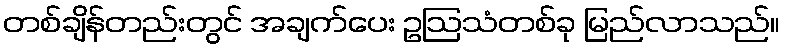
တစ်ချိန်တည်းတွင် အချက်ပေး ဥဩသံတစ်ခု မြည်လာသည်။